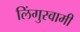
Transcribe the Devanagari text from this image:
लिंगुस्वामी